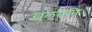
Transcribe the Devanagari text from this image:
खुलुमनि